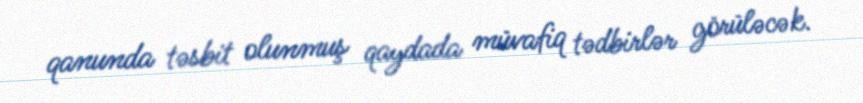
qanunda təsbit olunmuş qaydada müvafiq tədbirlər görüləcək.